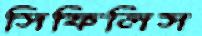
সিফিলিস